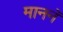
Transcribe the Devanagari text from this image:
माननॅ